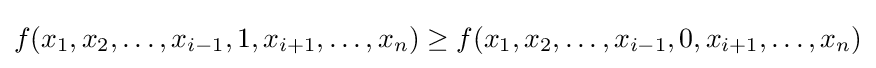
f(x_{1},x_{2},\ldots ,x_{i-1},1,x_{i+1},\ldots ,x_{n})\geq f(x_{1},x_{2},\ldots ,x_{i-1},0,x_{i+1},\ldots ,x_{n})